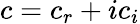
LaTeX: c=c_{r}+ic_{i}